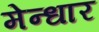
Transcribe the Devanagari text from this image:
मेन्धार